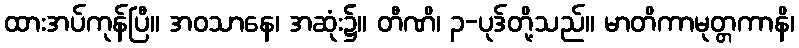
ထားအပ်ကုန်ပြီ။ အဝသာနေ၊ အဆုံး၌။ တီဏိ၊ ၃-ပုဒ်တို့သည်။ မာတိကာမုတ္တကာနိ၊